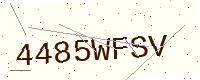
Text: 4485WFSV